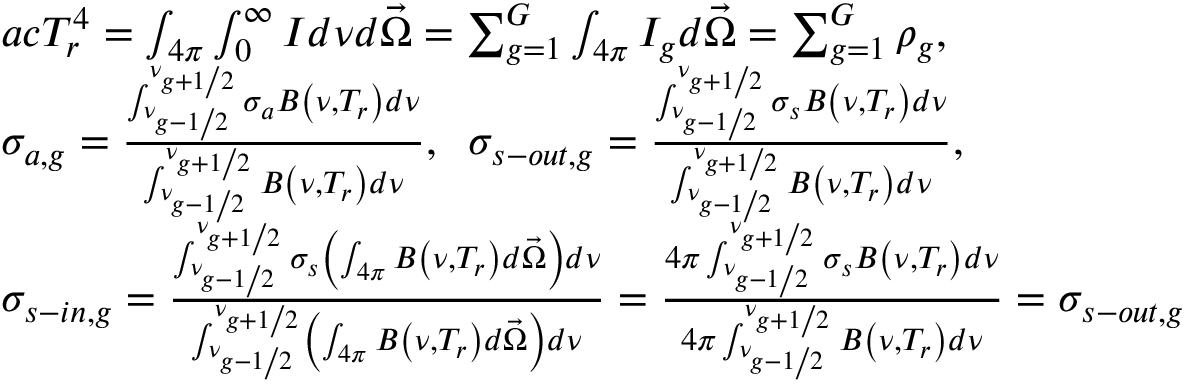
\begin{array} { l } { { a c T _ { r } ^ { 4 } = \int _ { 4 \pi } \int _ { 0 } ^ { \infty } I d \nu d \vec { \Omega } = \sum _ { g = 1 } ^ { G } \int _ { 4 \pi } I _ { g } d \vec { \Omega } = \sum _ { g = 1 } ^ { G } \rho _ { g } , } } \\ { { \sigma _ { a , g } = \frac { \int _ { \nu _ { g - { 1 \mathord { \left/ { \vphantom { 1 2 } } \right. \kern - \nulldelimiterspace } 2 } } } ^ { \nu _ { g + { 1 \mathord { \left/ { \vphantom { 1 2 } } \right. \kern - \nulldelimiterspace } 2 } } } \sigma _ { a } B \left( \nu , T _ { r } \right) d \nu } { \int _ { \nu _ { g - { 1 \mathord { \left/ { \vphantom { 1 2 } } \right. \kern - \nulldelimiterspace } 2 } } } ^ { \nu _ { g + { 1 \mathord { \left/ { \vphantom { 1 2 } } \right. \kern - \nulldelimiterspace } 2 } } } B \left( \nu , T _ { r } \right) d \nu } , \; \; \sigma _ { s - o u t , g } = \frac { \int _ { \nu _ { g - { 1 \mathord { \left/ { \vphantom { 1 2 } } \right. \kern - \nulldelimiterspace } 2 } } } ^ { \nu _ { g + { 1 \mathord { \left/ { \vphantom { 1 2 } } \right. \kern - \nulldelimiterspace } 2 } } } \sigma _ { s } B \left( \nu , T _ { r } \right) d \nu } { \int _ { \nu _ { g - { 1 \mathord { \left/ { \vphantom { 1 2 } } \right. \kern - \nulldelimiterspace } 2 } } } ^ { \nu _ { g + { 1 \mathord { \left/ { \vphantom { 1 2 } } \right. \kern - \nulldelimiterspace } 2 } } } B \left( \nu , T _ { r } \right) d \nu } , } } \\ { { \sigma _ { s - i n , g } = \frac { \int _ { \nu _ { g - { 1 \mathord { \left/ { \vphantom { 1 2 } } \right. \kern - \nulldelimiterspace } 2 } } } ^ { \nu _ { g + { 1 \mathord { \left/ { \vphantom { 1 2 } } \right. \kern - \nulldelimiterspace } 2 } } } \sigma _ { s } \left( \int _ { 4 \pi } B \left( \nu , T _ { r } \right) d \vec { \Omega } \right) d \nu } { \int _ { \nu _ { g - { 1 \mathord { \left/ { \vphantom { 1 2 } } \right. \kern - \nulldelimiterspace } 2 } } } ^ { \nu _ { g + { 1 \mathord { \left/ { \vphantom { 1 2 } } \right. \kern - \nulldelimiterspace } 2 } } } \left( \int _ { 4 \pi } B \left( \nu , T _ { r } \right) d \vec { \Omega } \right) d \nu } = \frac { 4 \pi \int _ { \nu _ { g - { 1 \mathord { \left/ { \vphantom { 1 2 } } \right. \kern - \nulldelimiterspace } 2 } } } ^ { \nu _ { g + { 1 \mathord { \left/ { \vphantom { 1 2 } } \right. \kern - \nulldelimiterspace } 2 } } } \sigma _ { s } B \left( \nu , T _ { r } \right) d \nu } { 4 \pi \int _ { \nu _ { g - { 1 \mathord { \left/ { \vphantom { 1 2 } } \right. \kern - \nulldelimiterspace } 2 } } } ^ { \nu _ { g + { 1 \mathord { \left/ { \vphantom { 1 2 } } \right. \kern - \nulldelimiterspace } 2 } } } B \left( \nu , T _ { r } \right) d \nu } = \sigma _ { s - o u t , g } } } \end{array}